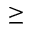
\geq